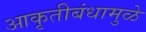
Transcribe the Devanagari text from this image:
आकृतीबंधामुळे